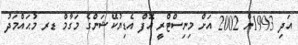
އަދި 1993ން 2002 އަށް މިނިސްޓްރީ އޮފް އެޑިޔުކޭޝަންގެ މަގާމް ޑރ މުޙައްމަދު